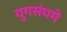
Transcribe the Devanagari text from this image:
युगसंघमे